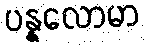
ပန္နလောမာ